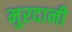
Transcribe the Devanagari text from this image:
मुरदानी